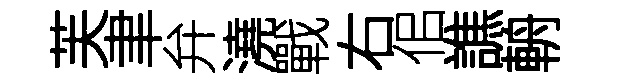
芙聿弁澆戰右佀譙輈